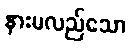
နားမလည်သော